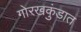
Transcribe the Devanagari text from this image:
गोरखकुंडात